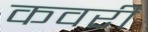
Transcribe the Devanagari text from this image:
कवरी